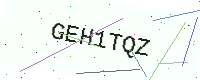
Text: GEH1TQZ